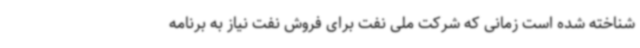
شناخته شده است زمانی که شرکت ملی نفت برای فروش نفت نیاز به برنامه